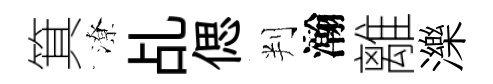
箕潦乩偲判瀚離濼